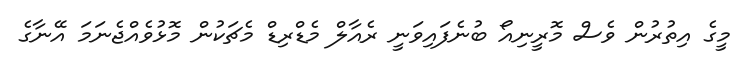
މީގެ އިތުރުން ވެސް މޮރީނިއޯ ބުނެފައިވަނީ ރެއާލް މެޑްރިޑް މެޗަކުން މޮޅުވެއްޖެނަމަ އޭނާގެ